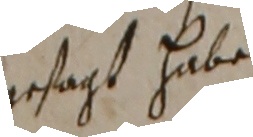
gsast hube